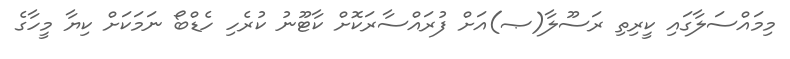
މިމައްސަލާގައި ކީރިތި ރަސޫލާ(ޞ)އަށް ފުރައްސާރަކޮށް ކާޓޫނު ކުރެހި ހެޑްބޯ ނަމަކަށް ކިޔާ މީހާގެ